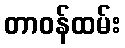
တာဝန်ထမ်း